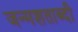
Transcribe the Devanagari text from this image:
जन्‍मशताब्‍दी